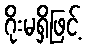
ဂိုးမရှိဖြင့်